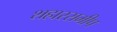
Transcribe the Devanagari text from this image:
शहारसमीप